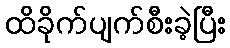
ထိခိုက်ပျက်စီးခဲ့ပြီး